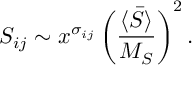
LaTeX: { \cal S } _ { i j } \sim x ^ { \sigma _ { i j } } \left( \frac { \langle \bar { S } \rangle } { M _ { S } } \right) ^ { 2 } .